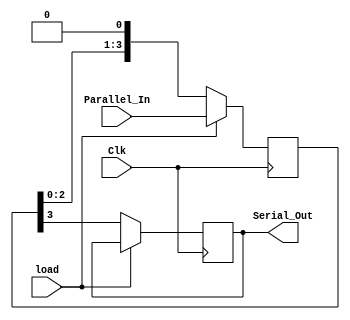
`timescale 1ns / 1ps
//////////////////////////////////////////////////////////////////////////////////
// Company: 
// Engineer: 
// 
// Design Name: 
// Module Name: piso_reg
// Project Name: 
// Target Devices: 
// Tool Versions: 
// Description: 
// 
// Dependencies: 
// 
// Revision:
// Revision 0.01 - File Created
// Additional Comments:
// 
//////////////////////////////////////////////////////////////////////////////////


module piso_reg(
Clk, Parallel_In,load, Serial_Out);
    input Clk,load;
    input [3:0]Parallel_In;
    output reg Serial_Out;
    reg [3:0]tmp;
    always @(posedge Clk)
    begin
    if(load)
    tmp<=Parallel_In;
    else
    begin
    Serial_Out<=tmp[3];
    tmp<={tmp[2:0],1'b0};
    end
    end
    endmodule